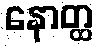
နောတ္ထ